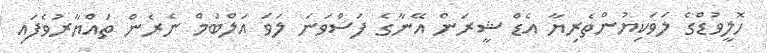
ހޮލީވުޑްގެ ލަވަކިޔުންތެރިޔާ އެޑް ޝީރަން އޭނާގެ ފަސްވަނަ ލަވަ އަލްބަމް ނެރެން ތައްޔާރުވެފައި